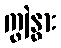
ကျွဲနွား